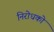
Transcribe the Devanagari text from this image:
निरोधको